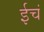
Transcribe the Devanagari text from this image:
ईचं